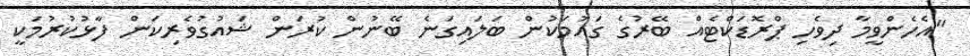
"އެހެންވީމާ ދިވެހި ޕްރޮޑަކްޓެއް ބޭރުގެ ގައުމަކުން ބަލައިގަނެ ބޭނުން ކުރަން ޝައުގުވެރިކަން ފާޅުކުރުމަކީ